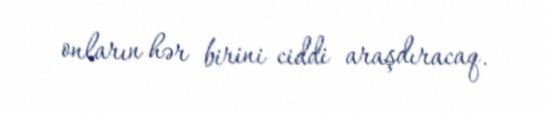
onların hər birini ciddi araşdıracaq.